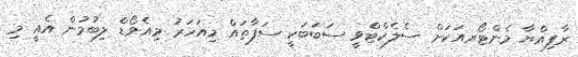
ރާފިއްޔާ މެންޓޯރއަކަށް ސެލެކްޓްވީ ސަބަބަކީ ސަފާތައް މިއަހަރު މިއެވޯޑް ލިބުމުން އެއީ މި